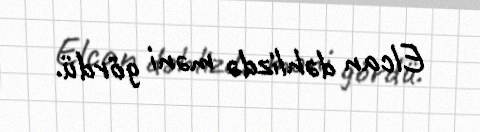
Elcan dəhlizdə məni gördü.